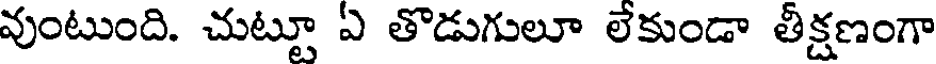
వుంటుంది. చుట్టూ ఏ తొడుగులూ లేకుండా తీక్షణంగా